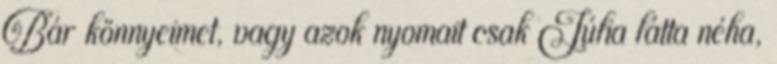
Bár könnyeimet, vagy azok nyomait csak Júlia látta néha,